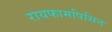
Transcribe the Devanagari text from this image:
रायफामपिसिन